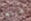
طردها